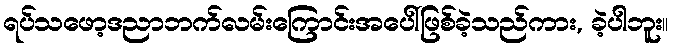
ရပ်သဖော့ဒညာဘက်လမ်းကြောင်းအပေါ်ဖြစ်ခဲ့သည်ကား, ခဲ့ပါဘူး။